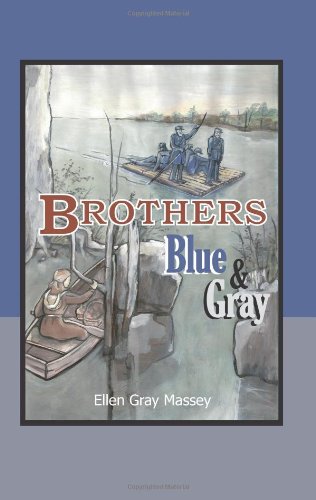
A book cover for Brothers, Blue & Gray; Ellen Gray Massey; Teen & Young Adult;